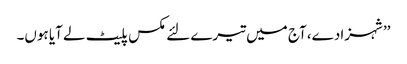
’’شہزادے، آج میں تیرے لئے مکس پلیٹ لے آیا ہوں۔